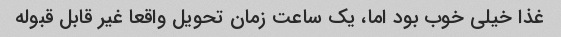
غذا خیلی خوب بود اما، یک ساعت زمان تحویل واقعا غیر قابل قبوله